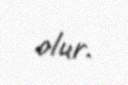
olur.